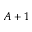
A + 1